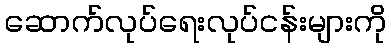
ဆောက်လုပ်ရေးလုပ်ငန်းများကို